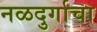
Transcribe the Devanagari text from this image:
नळदुर्गाचा